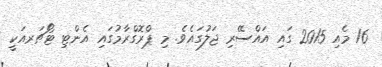
16 މެއި 2015 ގައި އައްސޭރި ޖަލުގައެވެ. މި ޕްރޮގްރާމުގައި އެންޓި ޓޯޗަރއަކީ